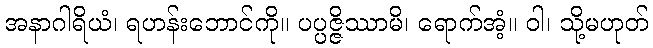
အနာဂါရိယံ၊ ရဟန်းဘောင်ကို။ ပပ္ပဇ္ဇိဿာမိ၊ ရောက်အံ့။ ဝါ၊ သို့မဟုတ်